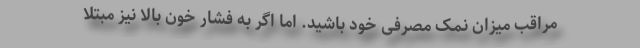
مراقب میزان نمک مصرفی خود باشید. اما اگر به فشار خون بالا نیز مبتلا